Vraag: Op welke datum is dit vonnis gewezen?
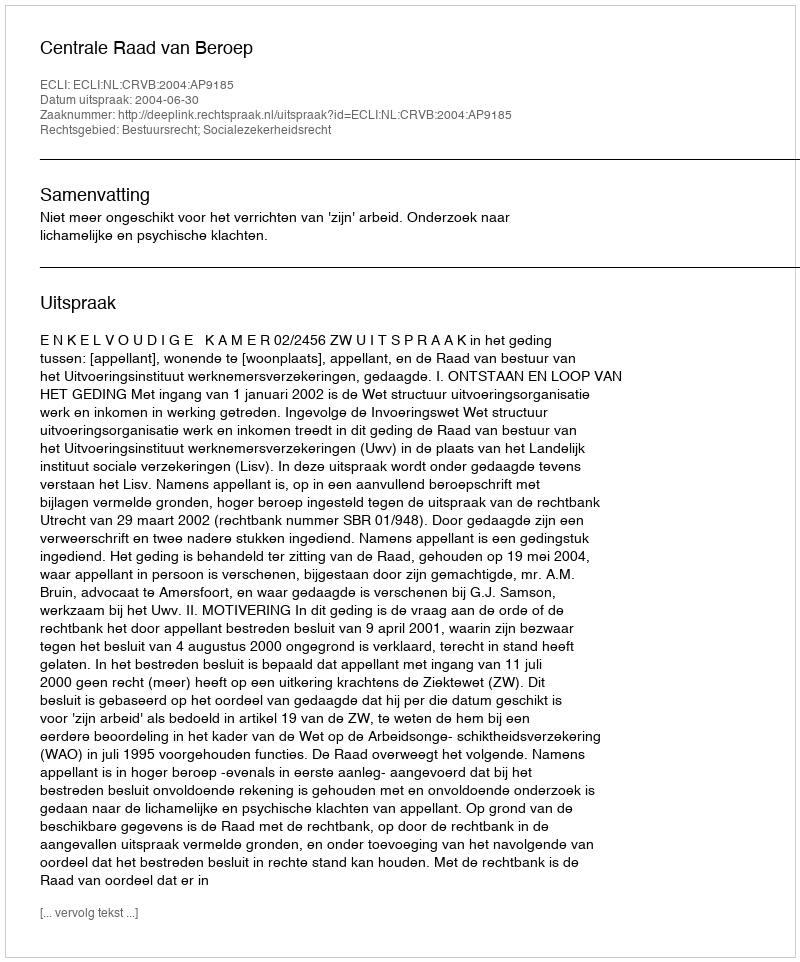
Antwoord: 2004-06-30